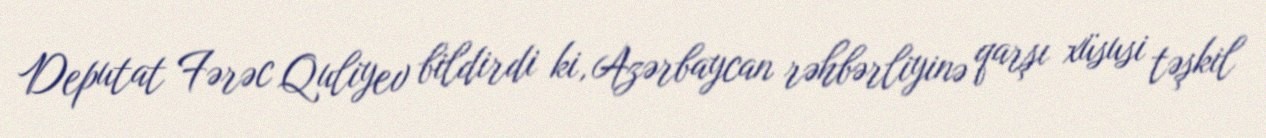
Deputat Fərəc Quliyev bildirdi ki, Azərbaycan rəhbərliyinə qarşı xüsusi təşkil